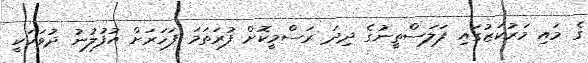
ގެ މައި މަރުކަޒުގައި ފަލަސްތީނުގެ ދިދަ ރަސްމީކޮށް ފުރަތަމަ ފަހަރަށް އުފުލުނު ދުވަހަކީ